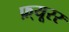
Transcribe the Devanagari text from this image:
फ़्यूरर